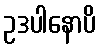
ဥဒပါနောပိ